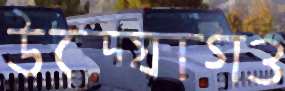
উদ্যোগও